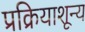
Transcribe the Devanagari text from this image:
प्रक्रियाशून्‍य